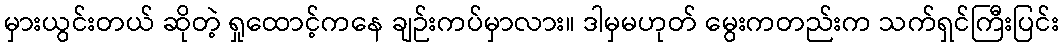
မှားယွင်းတယ် ဆိုတဲ့ ရှုထောင့်ကနေ ချဉ်းကပ်မှာလား။ ဒါမှမဟုတ် မွေးကတည်းက သက်ရှင်ကြီးပြင်း